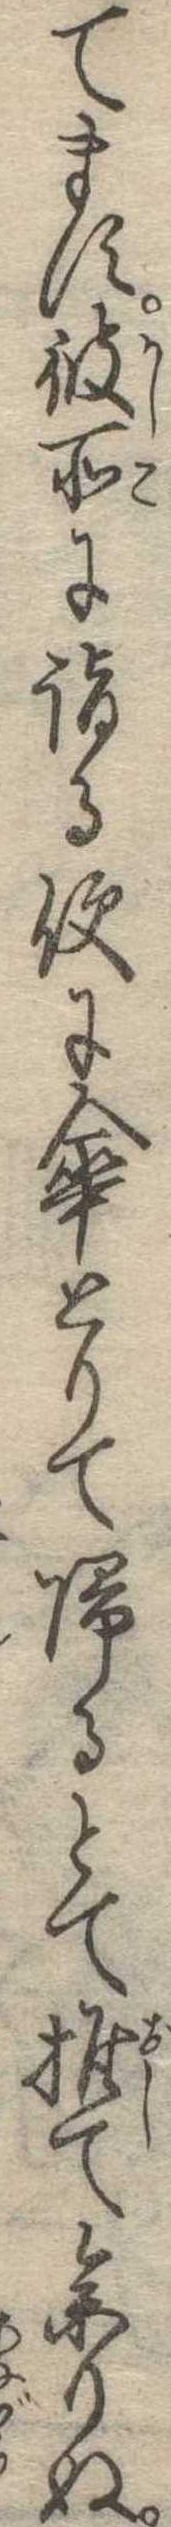
てます彼所に詣る便に傘とりて帰るとて推て参りぬ